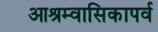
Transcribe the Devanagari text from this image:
आश्रम्वासिकापर्व